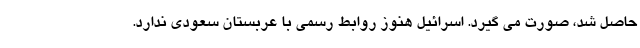
حاصل شد، صورت می گیرد. اسرائیل هنوز روابط رسمی با عربستان سعودی ندارد.